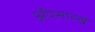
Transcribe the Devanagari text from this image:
ॲपसारखे